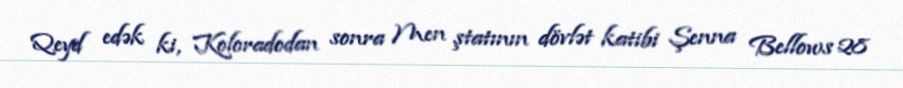
Qeyd edək ki, Koloradodan sonra Men ştatının dövlət katibi Şenna Bellows 28